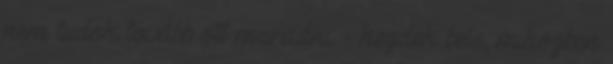
nem tudok tovább ott maradni. - kezdek bele, miközben